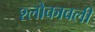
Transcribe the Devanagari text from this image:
श्लोकावली